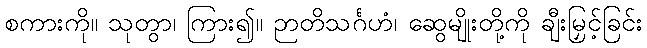
စကားကို။ သုတွာ၊ ကြား၍။ ဉာတိသင်္ဂဟံ၊ ဆွေမျိုးတို့ကို ချီးမြှင့်ခြင်း